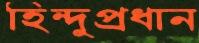
হিন্দুপ্রধান